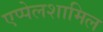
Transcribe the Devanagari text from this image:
एप्पेलशामिल